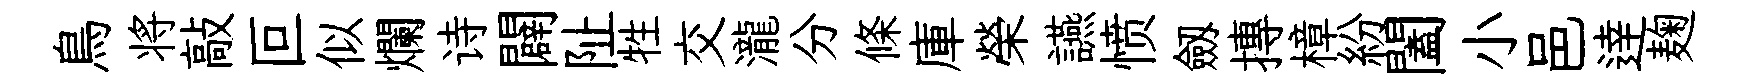
鳥将敲叵似爛诗闢阯牲交瀧分條庫榮讌愤劔摶樟紛闔小邑逹麹